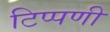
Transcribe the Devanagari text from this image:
टिप्‍पणी